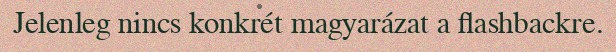
Jelenleg nincs konkrét magyarázat a flashbackre.